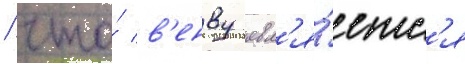
/ что́ в'енву явл'я́етс'я